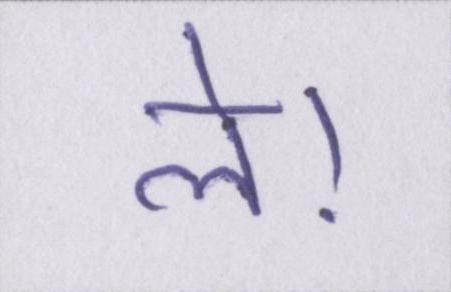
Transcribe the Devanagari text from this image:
ले।